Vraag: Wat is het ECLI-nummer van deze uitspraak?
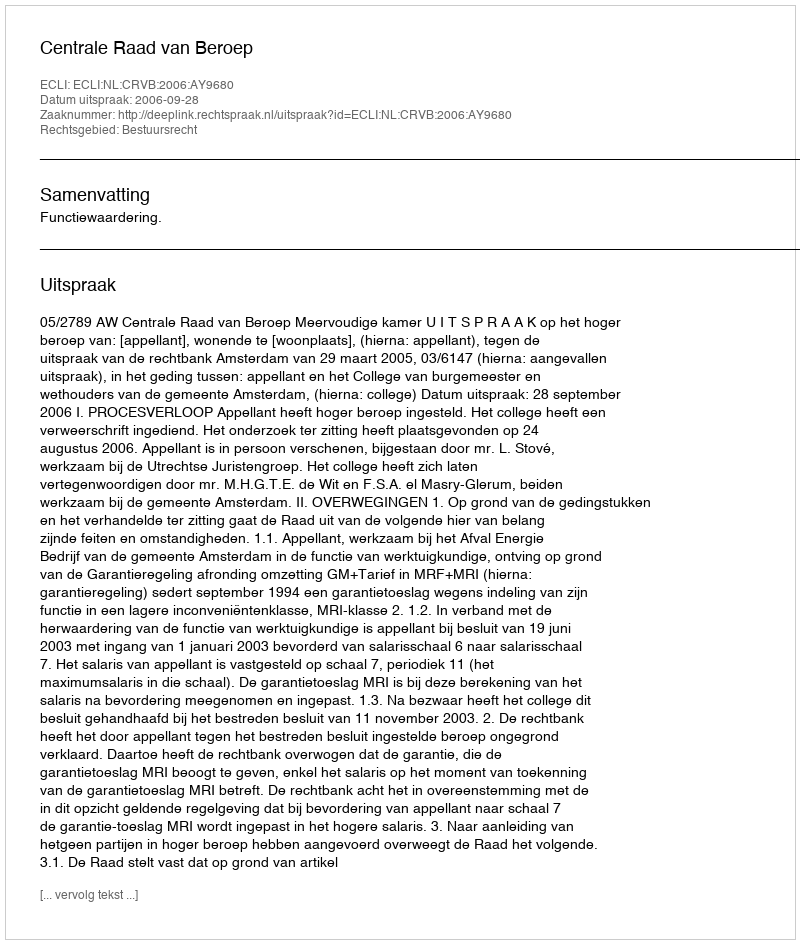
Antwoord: ECLI:NL:CRVB:2006:AY9680